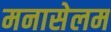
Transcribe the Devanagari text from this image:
मनासेलम